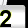
Digit: 2